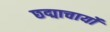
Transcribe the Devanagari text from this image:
छद्माचार्यों